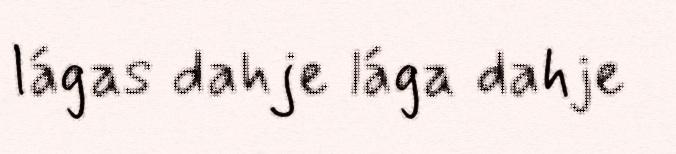
lágas dahje lága dahje